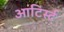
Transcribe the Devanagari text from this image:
आटिर्स्ट